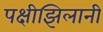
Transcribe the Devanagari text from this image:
पक्षीझिलानी